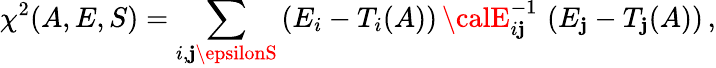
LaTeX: \chi^{2}(A,E,S)=\sum_{i,\mathbf{j}\epsilonS}\left(E_{i}-T_{i}(A)\right)\, {\calE}_{i\mathbf{j}}^{-1}\, \left(E_{\mathbf{j}}-T_{\mathbf{j}}(A)\right)\, ,